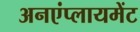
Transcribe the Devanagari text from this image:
अनएंप्लायमेंट